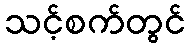
သင့်စက်တွင်